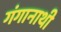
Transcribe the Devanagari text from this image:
गंगानाथी